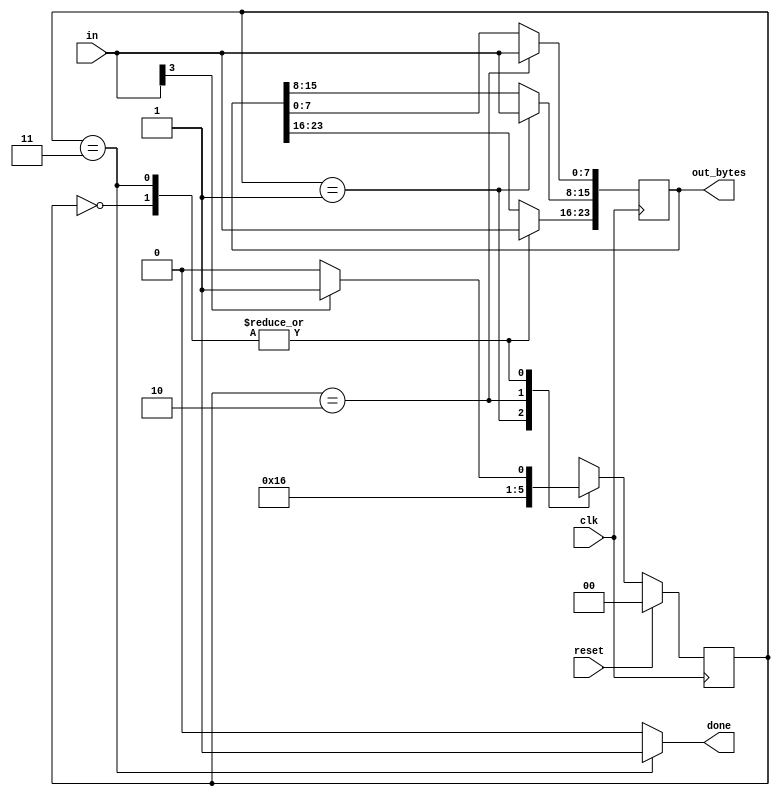
module top_module(
    input clk,
    input [7:0] in,
    input reset,    // Synchronous reset
    output [23:0] out_bytes,
    output done); //
    // FSM from fsm_ps2
    parameter Byte1=2'd0,Byte2=2'd1,Byte3=2'd2,Done=2'd3;
    reg [1:0] state,next_state;
    //reg [23:0] out;
    // State transition logic (combinational)
    always@(*)
        begin
            case(state)
                2'd0: next_state<=(in[3] == 1'b1)?Byte2:Byte1;
                2'd1: next_state<=Byte3;
                2'd2: next_state<=Done;
                2'd3: next_state<=(in[3] == 1'b1)?Byte2:Byte1;
                default: next_state<=Byte1;
            endcase
        end
    // State flip-flops (sequential)
    always@(posedge clk)
        begin
            if(reset) state<=Byte1;
            else state<=next_state;
        end 
    // Output logic
    assign done = (state == Done)?1'b1:1'b0;
    // New: Datapath to store incoming bytes.
    always@(posedge clk)
        begin
            case(state)
                2'd0: out_bytes[23:16]<=in;
                2'd1: out_bytes[15:8]<=in;
                2'd2: out_bytes[7:0]<=in;
                2'd3: out_bytes[23:16]<=in;
                default: out_bytes[23:16]<=in;
            endcase
        end 
endmodule